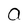
Character: a